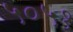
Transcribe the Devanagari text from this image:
५०५१